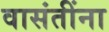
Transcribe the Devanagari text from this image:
वासंतींना